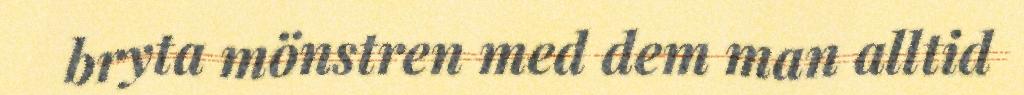
bryta mönstren med dem man alltid